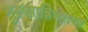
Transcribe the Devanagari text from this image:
गुरुसान्निध्याचा